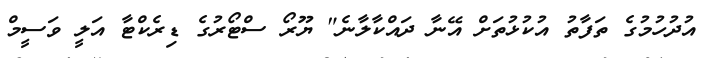
އުދުހުމުގެ ތަފާތު އުކުޅުތަށް އޭނާ ދައްކާލާނެ" ޔޫރޯ ސްޓޯރުގެ ޑިރެކްޓާ އަލީ ވަސީމް